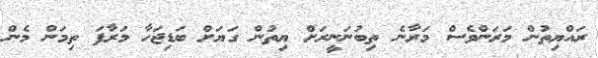
ރައްޔިތުން މަރަންވެސް މަރާނެެެ ތިބުނަނީރަށް ޔިތުން ގަޔަށް ބަޑިޖަހާ މަރާފަ ތިމަން މެން